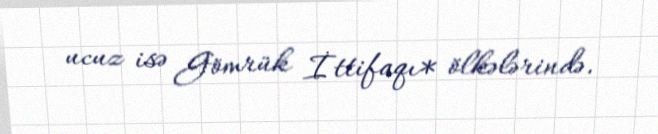
ucuz isə Gömrük İttifaqı* ölkələrində.